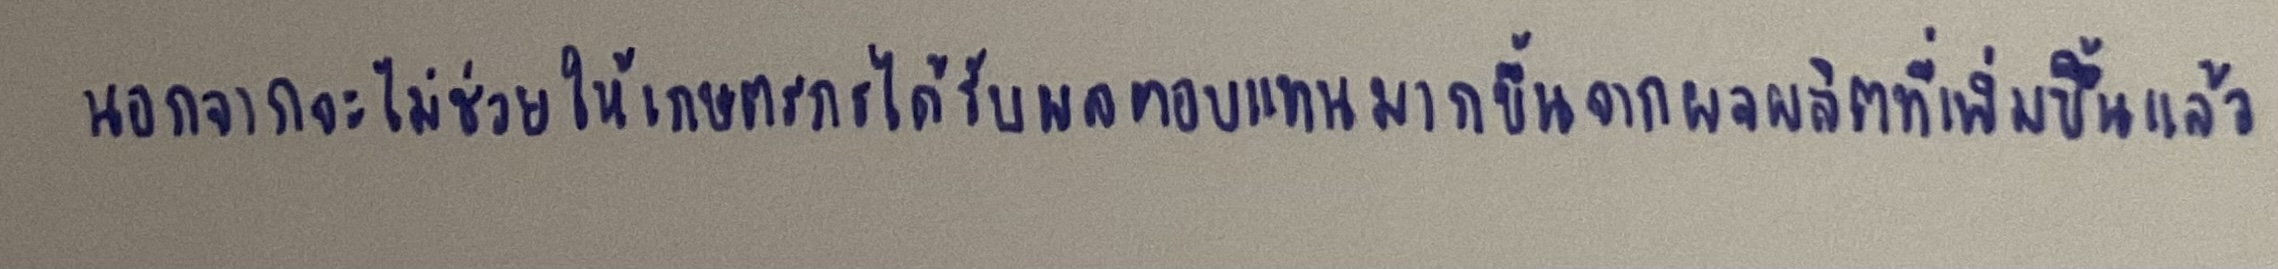
นอกจากจะไม่ช่วยให้เกษตรกรได้รับผลตอบแทนมากขึ้นจากผลผลิตที่เพิ่มขึ้นแล้ว